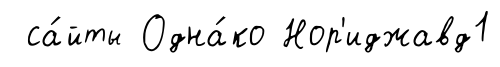
са́йты Одна́ко Нор'иджавд1